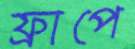
ফ্রাপে